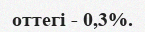
оттегі - 0,3%.